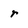
Character: r